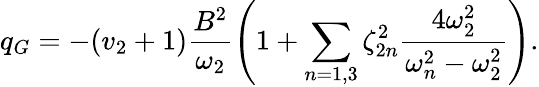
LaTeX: q_{G}=-(v_{2}+1)\frac{B^{2}}{\omega_{2}}\left(1+\sum_{n=1,3}\zeta_{2n}^{2}\frac{4\omega_{2}^{2}}{\omega_{n}^{2}-\omega_{2}^{2}}\right).